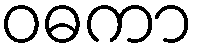
ဝဓကာ